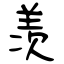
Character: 羡